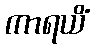
ကာရယိံ